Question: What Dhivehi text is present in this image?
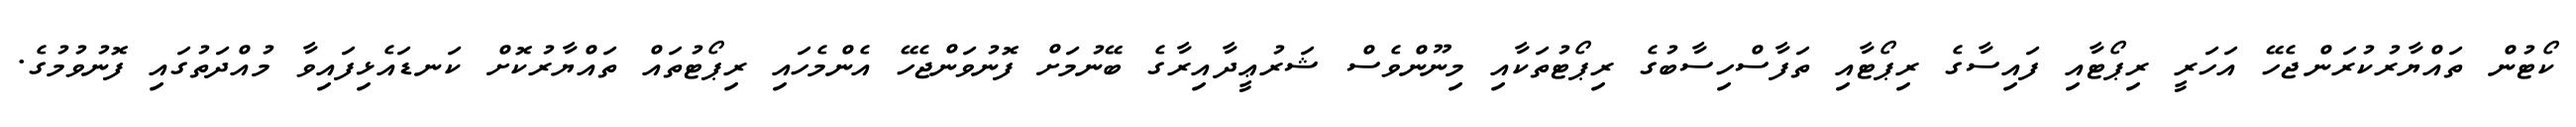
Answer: ކޯޓުން ތައްޔާރުކުރަންޖެހޭ އަހަރީ ރިޕޯޓާއި ފައިސާގެ ރިޕޯޓާއި ތަފާސްހިސާބުގެ ރިޕޯޓުތަކާއި މިނޫންވެސް ޝަރުޢީދާއިރާގެ ބޭނުމަށް ފޮނުވަންޖެހޭ އެންމެހައި ރިޕޯޓުތައް ތައްޔާރުކޮށް ކަނޑައެޅިފައިވާ މުއްދަތުގައި ފޮނުވުމުގެ.